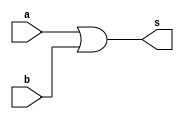
/* Mdulo OR de 64 bits.
Faz um bitwise OR entre dois valores de 64 bits, A e B.
Resultado vai para sada s. */
module or64b (
    input [63:0] a, b,
    output [63:0] s
);
    assign s = a | b;

endmodule